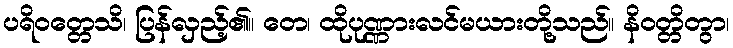
ပရိဝတ္တေသိ၊ ပြန်လှည့်၏။ တေ၊ ထိုပုဏ္ဏားလင်မယားတို့သည်။ နိဝတ္တိတွာ၊